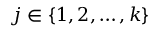
j \in \left\{ { 1 , 2 , \dots , k } \right\}